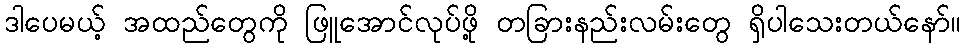
ဒါပေမယ့် အထည်တွေကို ဖြူအောင်လုပ်ဖို့ တခြားနည်းလမ်းတွေ ရှိပါသေးတယ်နော်။